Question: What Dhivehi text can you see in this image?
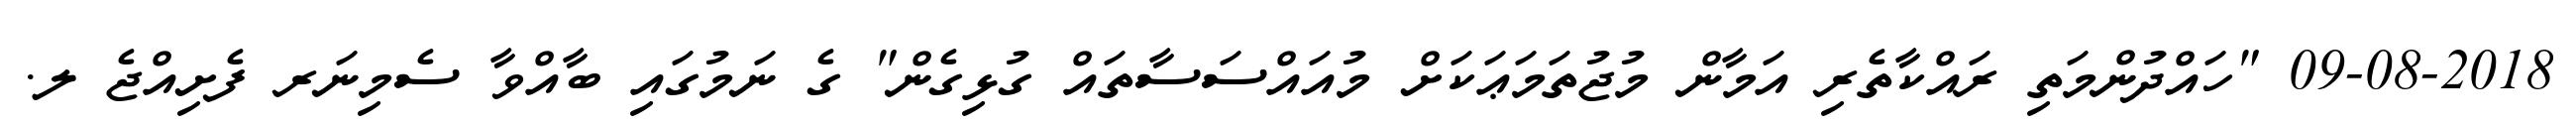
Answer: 09-08-2018 "ހައްދުންމަތި ރައްކާތެރި އަމާން މުޖުތަމަޢަކަށް މުއައްސަސާތައް ގުޅިގެން" ގެ ނަމުގައި ބާއްވާ ސެމިނަރ ފެށިއްޖެ ލ.